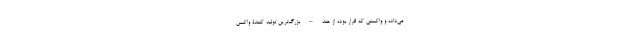
می‌داده و واکسنی که قرار بوده از هند – بزرگ‌ترین تولید کنندۀ واکسن